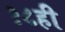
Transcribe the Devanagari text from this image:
१८ही